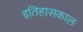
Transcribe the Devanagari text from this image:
इतिहासकाल